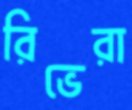
রিভেরা